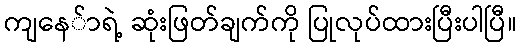
ကျနေ်ာရဲ့ ဆုံးဖြတ်ချက်ကို ပြုလုပ်ထားပြီးပါပြီ။